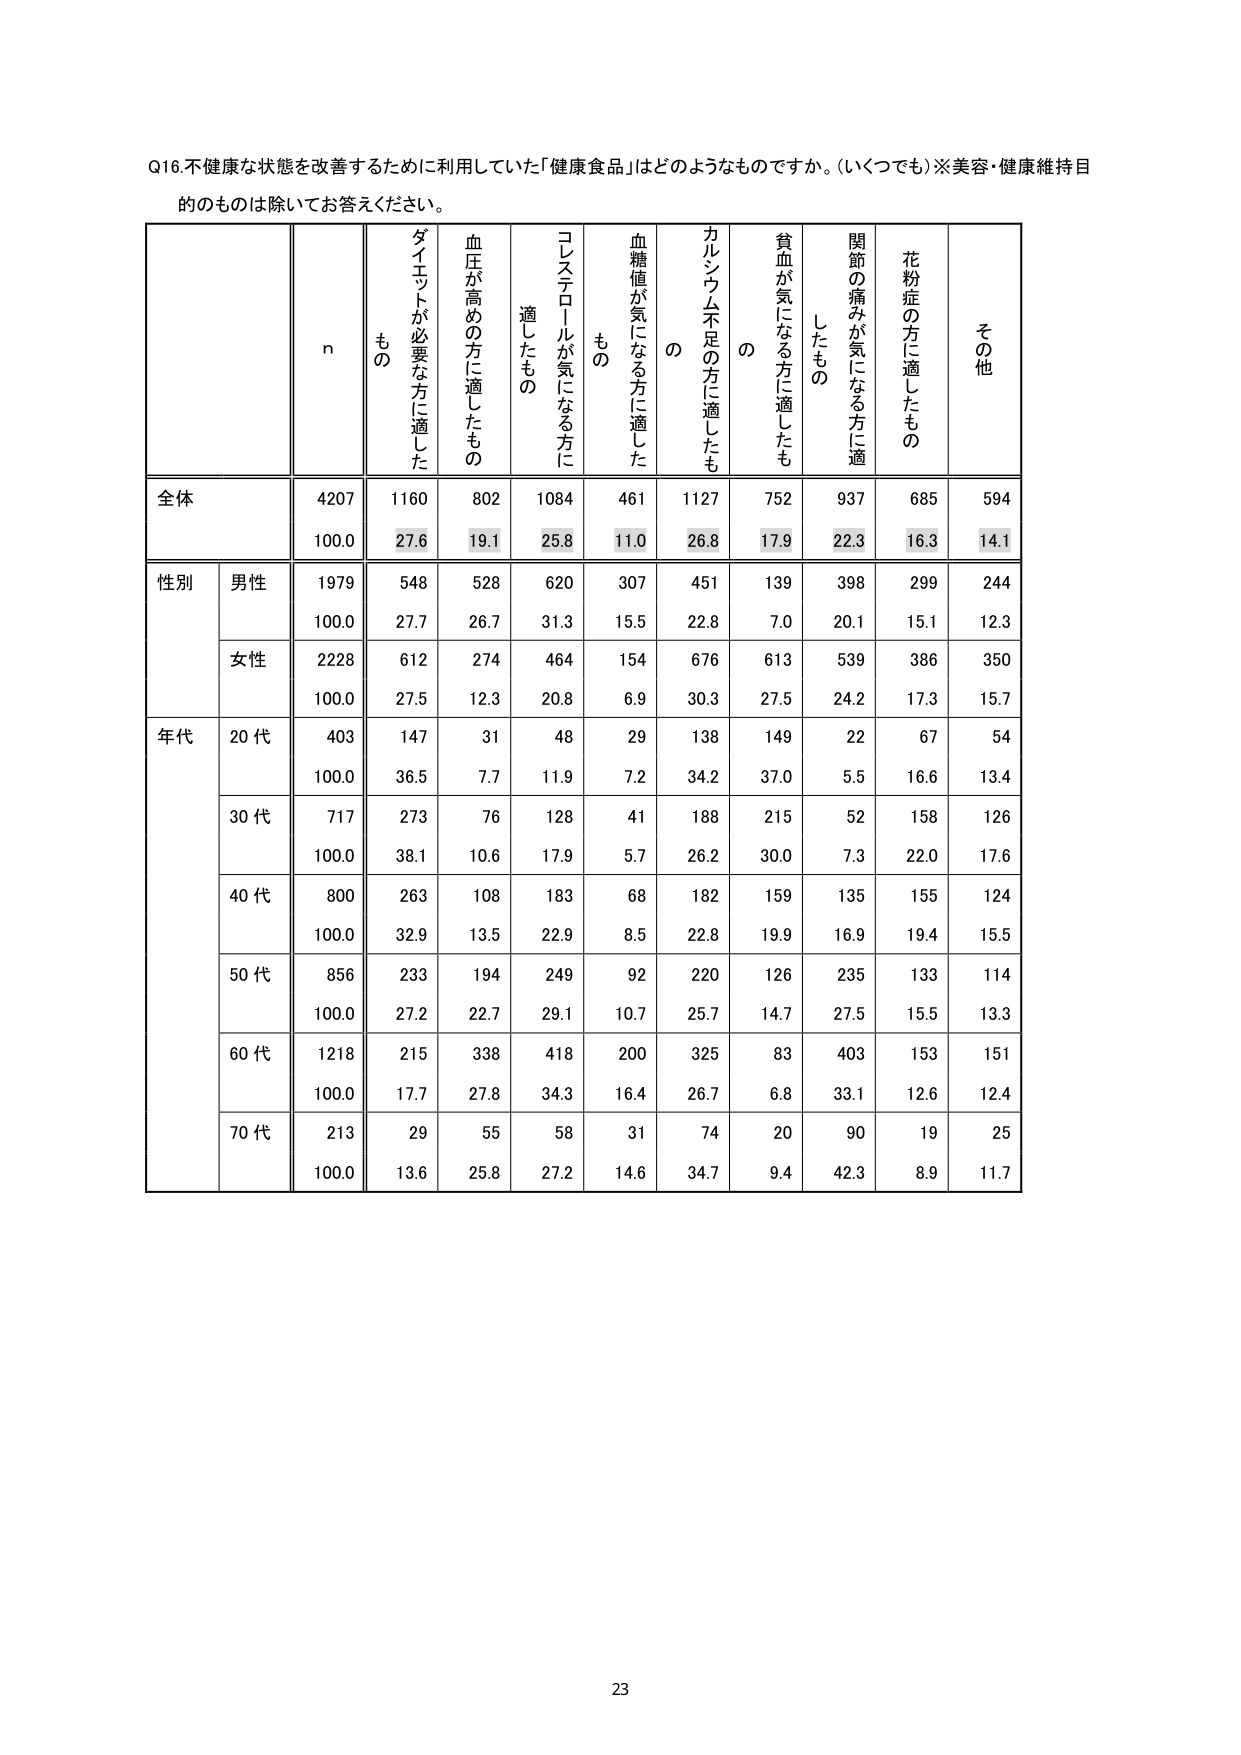
Q16.不健康な状態を改善するために利用していた「健康食品」はどのようなものですか。(いくつでも)※美容・健康維持目的のものは除いてお答えください。

n
もの
ダイエットが必要な方に適した
血圧が高めの方に適したもの
コレステロールが気になる方に適したもの
血糖値が気になる方に適したもの
カルシウム不足の方に適したもの
貧血が気になる方に適したもの
関節の痛みが気になる方に適したもの
花粉症の方に適したもの
その他

全体
4207
1160
802
1084
461
1127
752
937
685
594
100.0
27.6
19.1
25.8
11.0
26.8
17.9
22.3
16.3
14.1

性別
男性
1979
548
528
620
307
451
139
398
299
244
100.0
27.7
26.7
31.3
15.5
22.8
7.0
20.1
15.1
12.3
女性
2228
612
274
464
154
676
613
539
386
350
100.0
27.5
12.3
20.8
6.9
30.3
27.5
24.2
17.3
15.7

年代
20代
403
147
31
48
29
138
149
22
67
54
100.0
36.5
7.7
11.9
7.2
34.2
37.0
5.5
16.6
13.4
30代
717
273
76
128
41
188
215
52
158
126
100.0
38.1
10.6
17.9
5.7
26.2
30.0
7.3
22.0
17.6
40代
800
263
108
183
68
182
159
135
155
124
100.0
32.9
13.5
22.9
8.5
22.8
19.9
16.9
19.4
15.5
50代
856
233
194
249
92
220
126
235
133
114
100.0
27.2
22.7
29.1
10.7
25.7
14.7
27.5
15.5
13.3
60代
1218
215
338
418
200
325
83
403
153
151
100.0
17.7
27.8
34.3
16.4
26.7
6.8
33.1
12.6
12.4
70代
213
29
55
58
31
74
20
90
19
25
100.0
13.6
25.8
27.2
14.6
34.7
9.4
42.3
8.9
11.7

23